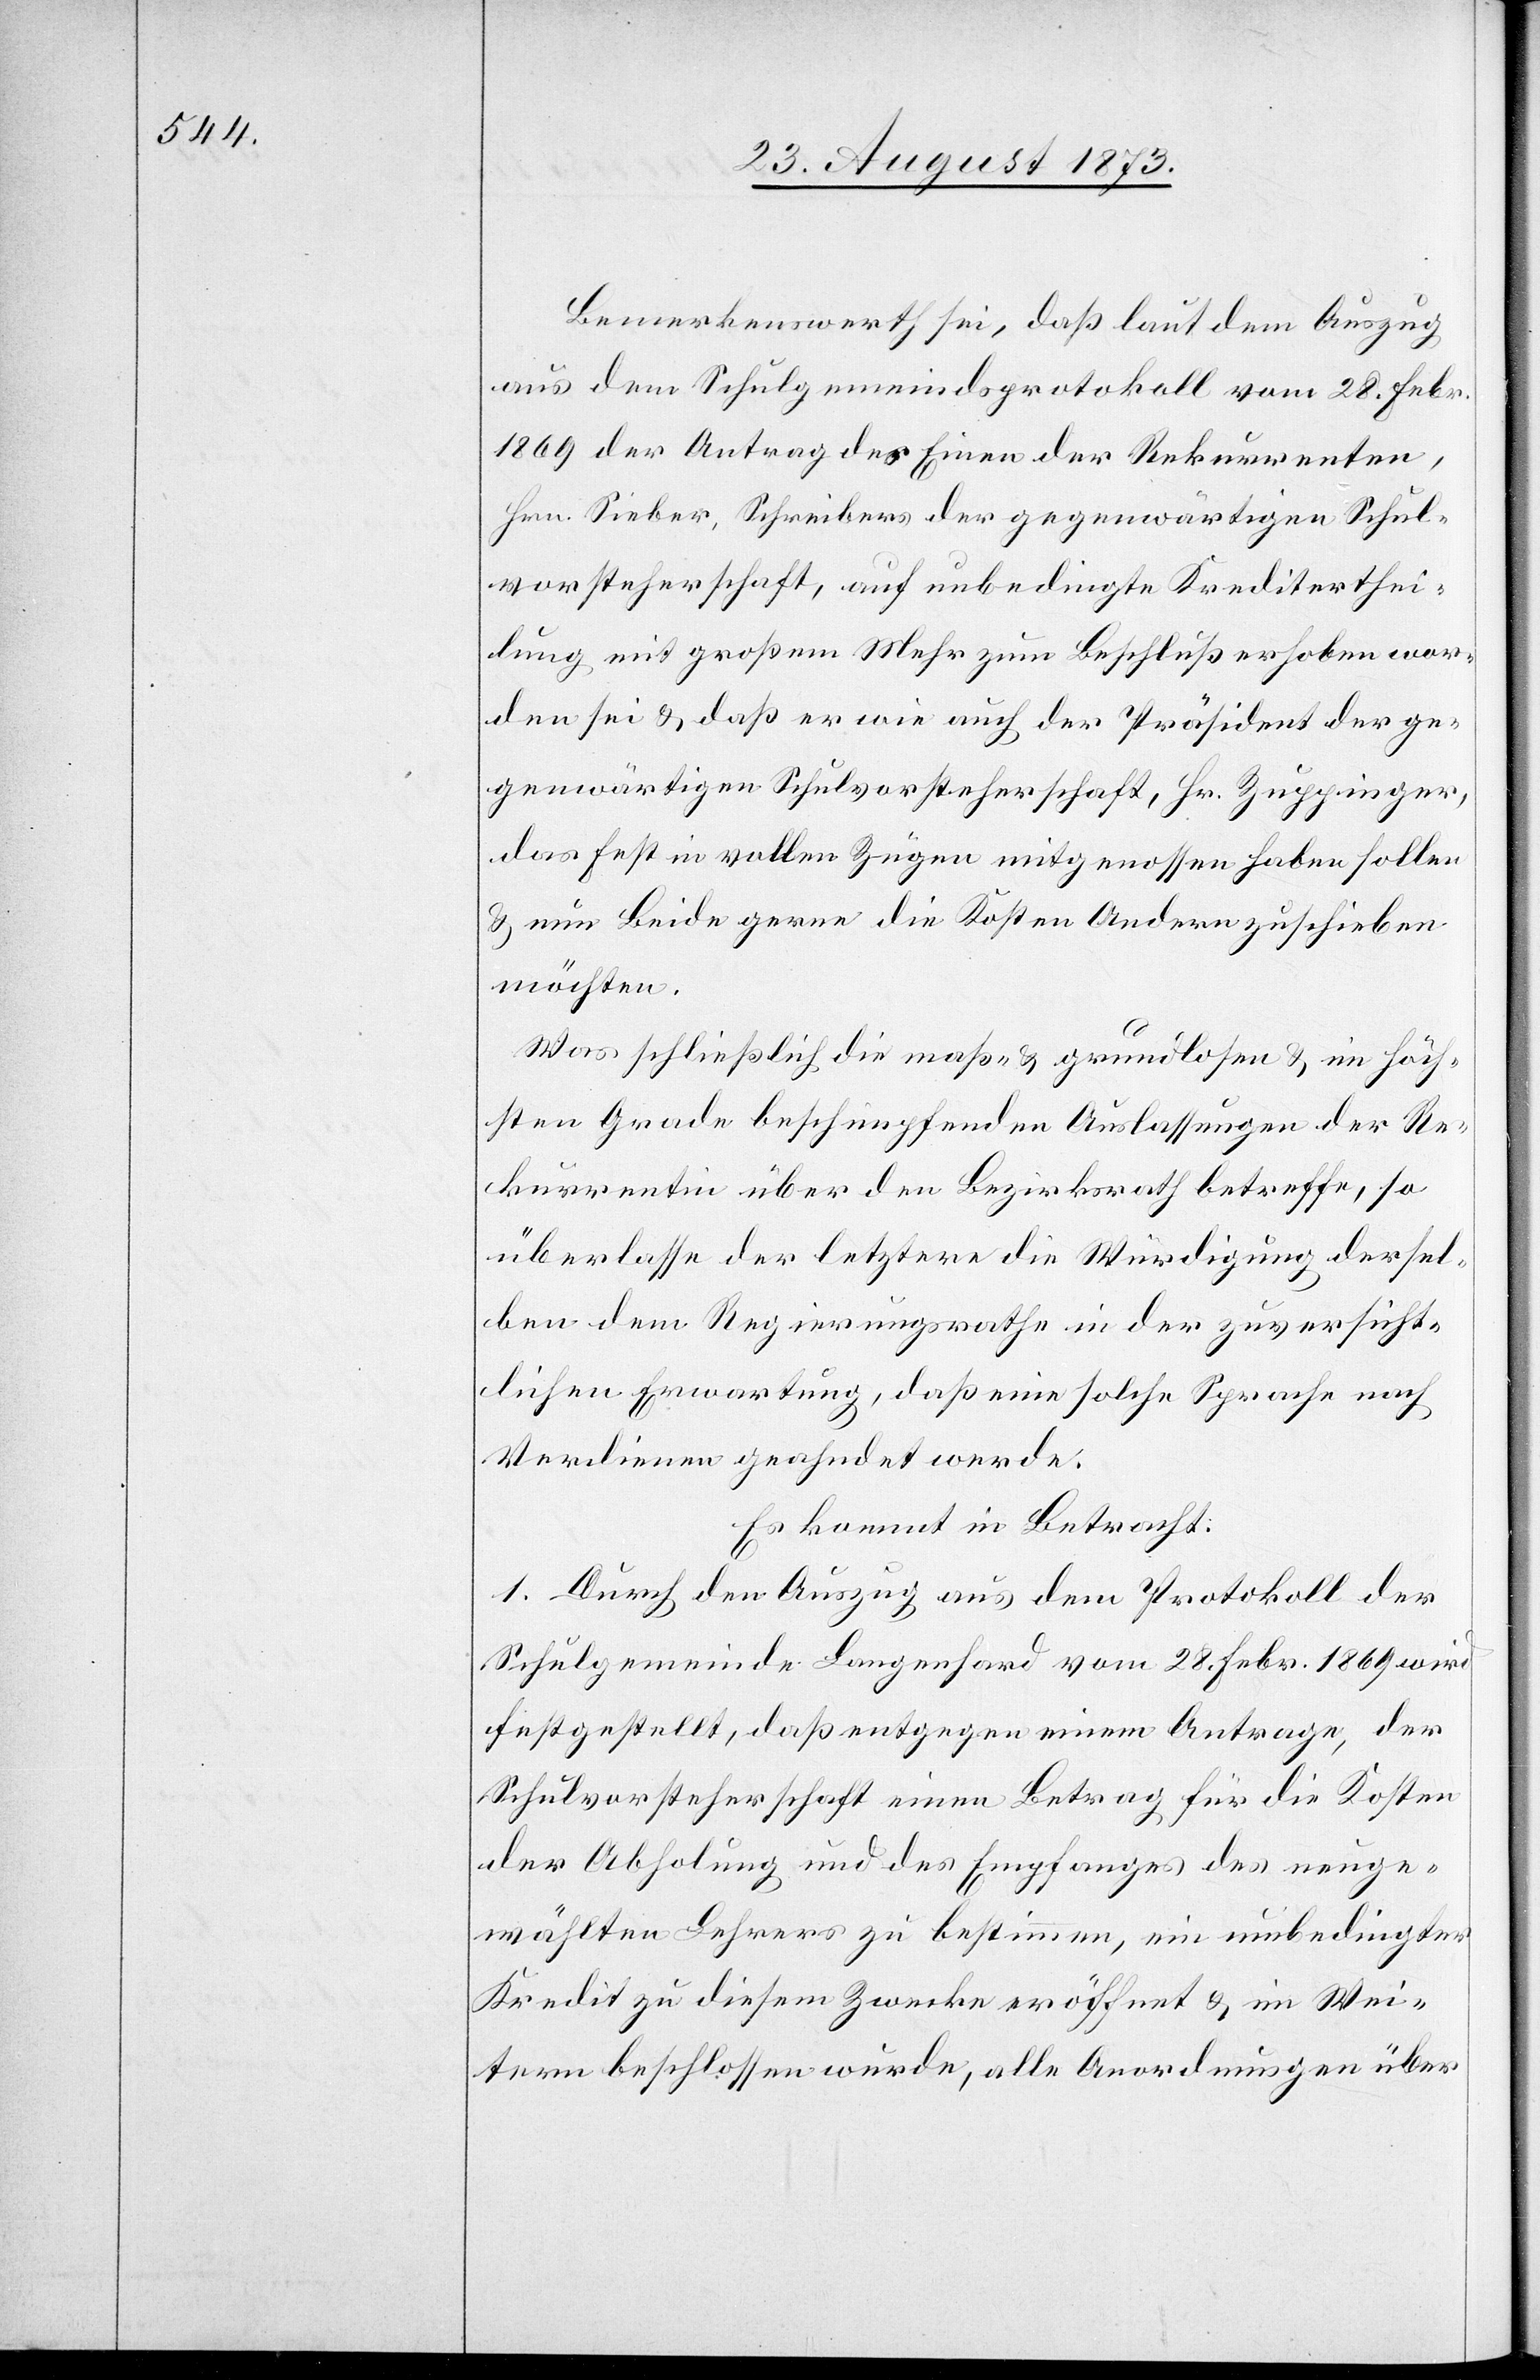
Bemerkenswerth sei, daß laut dem Auszug
aus dem Schulgemeindsprotokoll vom 28. Febr.
1869 der Antrag des Einen der Rekurrenten,
Hrn. Sieber, Schreibers der gegenwärtigen Schul¬
vorsteherschaft, auf unbedingte Krediterthei¬
lung mit großem Mehr zum Beschluß erhoben wor¬
den sei & daß er wie auch der Präsident der ge¬
genwärtigen Schulvorsteherschaft, Hr. Zuppinger,
das Fest in vollen Zügen mitgenossen haben sollen
& nun Beide gerne die Kosten Andern zuschieben
möchten.
Was schließlich die maß- & grundlosen & im höch¬
sten Grade beschimpfenden Auslassungen der Re¬
kurrentin über den Bezirksrath betreffe, so
überlasse der letztere die Würdigung dersel¬
ben dem Regierungsrathe in der zuversicht¬
lichen Erwartung, daß eine solche Sprache nach
Verdienen geahndet werde.
Es kommt in Betracht:
1. Durch den Auszug aus dem Protokoll der
Schulgemeinde Langenhard vom 28. Febr. 1869 wird
festgestellt, daß entgegen einem Antrage, der
Schulvorsteherschaft einen Betrag für die Kosten
der Abholung und des Empfanges des neuge¬
wählten Lehrers zu bestimmen, ein umbedingter
Kredit zu diesem Zwecke eröffnet & im Wei¬
tern beschlossen wurde, alle Anordnungen über